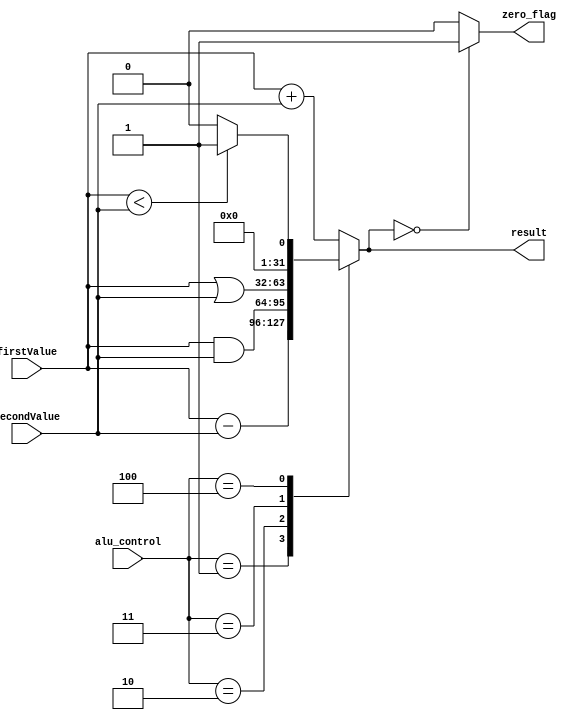
//Verilog Code for Arithmetic Loguc Unit 

`timescale 1ns/1ps

module alu(
  
  input[31:0] firstValue,
  input[31:0] secondValue,
  input[2:0] alu_control, //function select
  output reg[31:0] result, //result
  output zero_flag
);
  
  always @(*)
    begin
      case (alu_control)
        
        3'b000: begin result = firstValue + secondValue; end  //selects add instruction (lw, sw)
        3'b001: begin result = firstValue - secondValue; end  //selects sub instruction (beq)
        3'b010: begin result = firstValue & secondValue; end  //selects and instruction
        3'b011: begin result = firstValue | secondValue; end  //selects or instruction
        3'b100: begin 
          				if(firstValue < secondValue)
            			begin 
            					result = 32'd1; //negative
            			end 
          				else 
            			begin 
              					result = 32'd0;
            			end 
        		end 
        default: begin 
          				result = firstValue + secondValue; //add instruction
        		 end 
          
      endcase
    end 
        
  assign zero_flag = (result == 32'd0) ? 1'b1 : 1'b0; //if the result comes out to be a 32- bit representation of zero
  
  /*Equivalent to: 
  
  if (Result_ALU == 32'd0) //if the result comes out to be a 32- bit representation of zero
      begin 
        	assign Zer0_flag = 1;
      end
    
    else
      begin 
        	assign Zer0_flag = 0;
      end
  */
    
endmodule